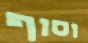
וסוף